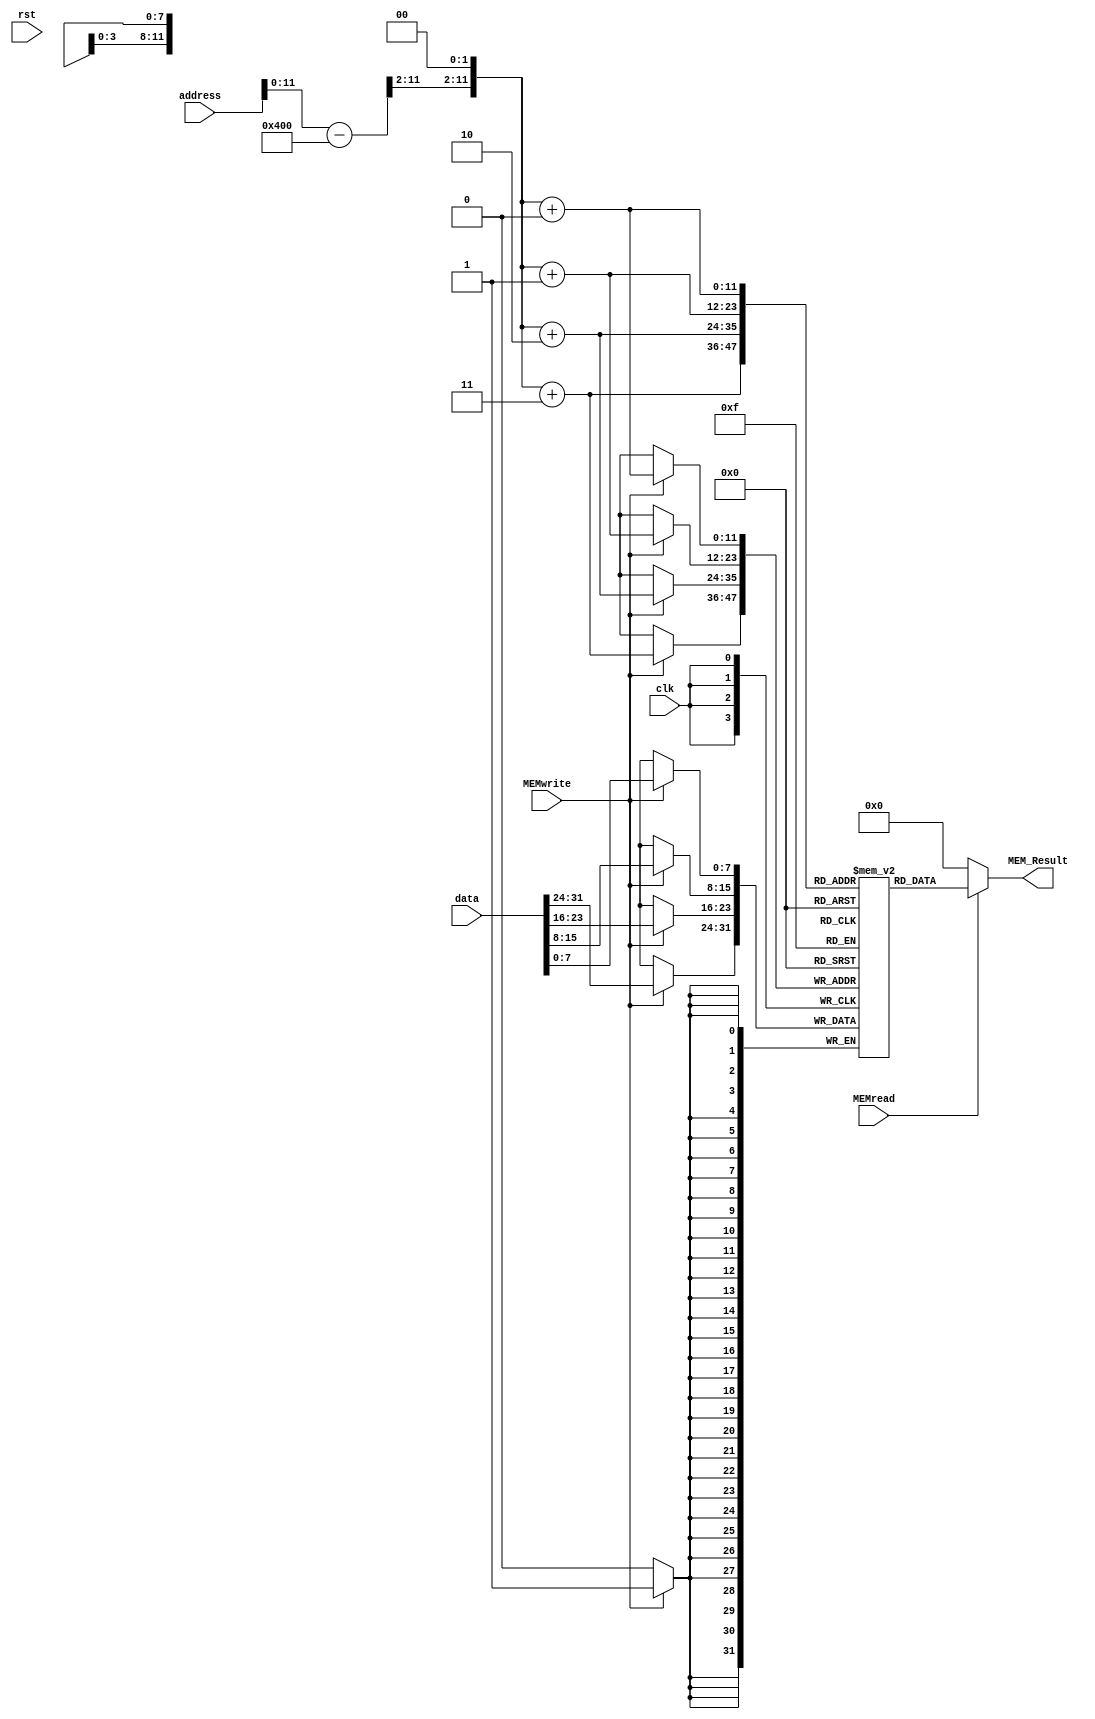
module DataMemory(clk, rst, MEMread, MEMwrite, address, data, MEM_Result);
    input clk, rst, MEMread, MEMwrite;
    input [31:0] address, data;
    output [31:0] MEM_Result;
    
    reg [7:0] memory [0:2048];

    wire [31:0] adr_minus_1024 = (address - 1024);
    wire [31:0] final_adr = {adr_minus_1024[31:2] ,2'b00};
    always @(posedge clk) begin

        if(MEMwrite == 1'b1)begin
            memory[final_adr + 0] <= data[7:0]; 
            memory[final_adr + 1] <= data[15:8]; 
            memory[final_adr + 2] <= data[23:16]; 
            memory[final_adr + 3] <= data[31:24]; 
        end
    end

    assign MEM_Result = MEMread ?  {memory[final_adr + 3], 
                                    memory[final_adr + 2],
                                    memory[final_adr + 1],
                                    memory[final_adr + 0]} : 32'b0;
endmodule